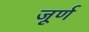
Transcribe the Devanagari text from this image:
जूर्ण